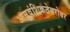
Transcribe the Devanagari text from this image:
आनुवंशिकतेबरोबर